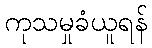
ကုသမှုခံယူရန်